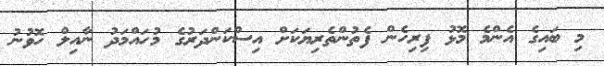
މި ބައިގެ އެންމެ މޮޅު ފިރިހެން ފެތުންތެރިޔަކަށް އިސްކަންދަރުގެ މުހައްމަދު ނާއިލް ހޮވުނު